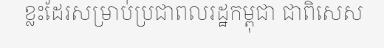
ខ្លះដែរសម្រាប់ប្រជាពលរដ្ឋកម្ពុជា ជាពិសេស